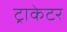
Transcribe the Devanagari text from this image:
ट्राकेटर